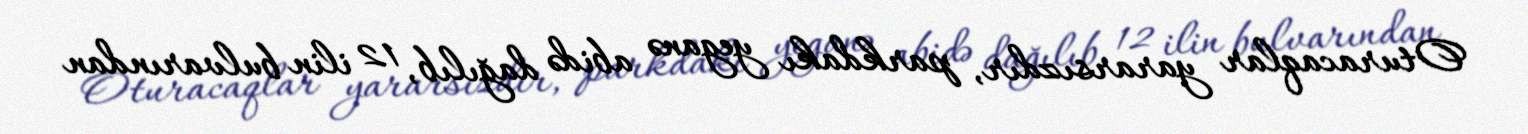
Oturacaqlar yararsızdır, parkdakı yeganə abidə dağılıb, 12 ilin bulvarından